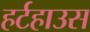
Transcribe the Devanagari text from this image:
हर्टहाउस